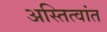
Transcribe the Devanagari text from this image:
अस्तित्वांत